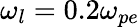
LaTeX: \omega_{l}=0.2\omega_{pe}